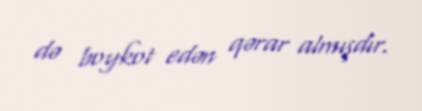
də boykot edən qərar almışdır.